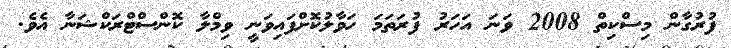
ފުރުގާން މިސްކިތް 2008 ވަނަ އަހަރު ފުރަތަމަ ހަވާލުކޮށްފައިވަނީ ވިމްލާ ކޮންސްޓްރަކްޝަނާ އެވެ.